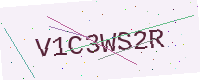
Text: V1C3WS2R